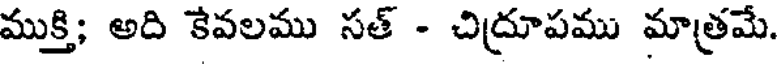
ముక్తి; అది కేవలము సత్ - చిద్రూపము మాత్రమే.